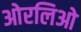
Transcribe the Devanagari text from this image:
ओरलिओ